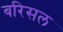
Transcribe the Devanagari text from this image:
बरिसल